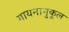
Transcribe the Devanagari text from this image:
गायनानुकूल